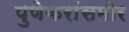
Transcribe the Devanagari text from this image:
पुणेकरांसमोर